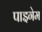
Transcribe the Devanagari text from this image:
पाइगेम